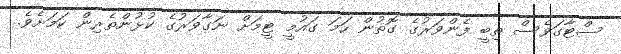
ސްޓާގަވެސް ތިބީ ފެންވަރުގެ ގޮތުން ހަމަ ގައުމީ ޓީމަށް ނަގާވަރުގެ ކުޅުންތެރިން ކަމަށެވެ.